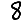
Digit: 8